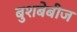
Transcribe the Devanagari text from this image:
बुशबेबीज